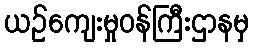
ယဉ်ကျေးမှုဝန်ကြီးဌာနမှ